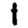
Digit: 1